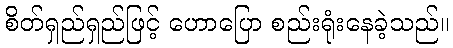
စိတ်ရှည်ရှည်ဖြင့် ဟောပြော စည်းရုံးနေခဲ့သည်။